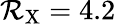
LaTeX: \mathcal{R}_{\mathrm{{X}}}=4.2